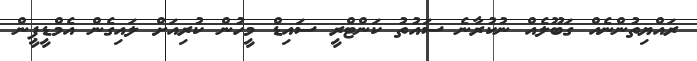
ރައްޔިތުންނެއް ގަބޫލެއް ނުކުރާނެ ސައުތު ކަންޓްރީ ސައިޑް މީހުން ކުރިއަށް ލައިގެން އެމްޑީޕީން